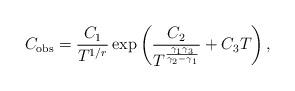
LaTeX: \begin{align*} C_{\mathrm{obs}} = \frac{C_1}{T^{1/r}} \exp \left(\frac{C_2}{T^{\frac{\gamma_1 \gamma_3}{\gamma_2 - \gamma_1}}} + C_3 T\right), \end{align*}